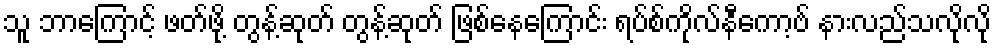
သူ ဘာကြောင့် ဖတ်ဖို့ တွန့်ဆုတ် တွန့်ဆုတ် ဖြစ်နေကြောင်း ရပ်စ်ကိုလ်နီကော့ဗ် နားလည်သလိုလို